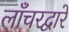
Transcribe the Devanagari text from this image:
लाँचरद्वारे